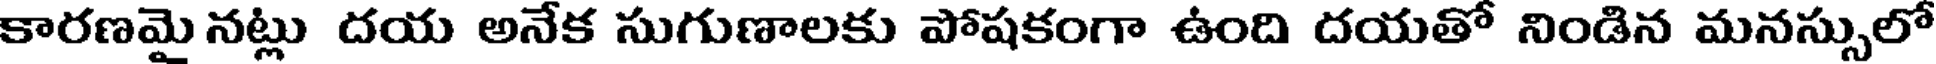
కారణమై నట్లు దయ అనేక సుగుణాలకు పోషకంగా ఉంది దయతో నిండిన మనస్సులో